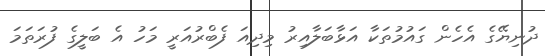
ދުނިޔޭގެ އެހެން ގައުމުތަކާ އަޅާބަލާއިރު މިދިއަ ފެބްރުއަރީ މަހު އެ ބަލީގެ ފުރަތަމަ